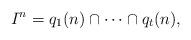
LaTeX: \begin{align*}I^n=q_1(n)\cap \cdots \cap q_t(n),\end{align*}